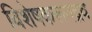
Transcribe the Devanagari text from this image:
विशेषकरूनद्रव